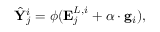
\small \hat { \mathbf { Y } } _ { j } ^ { i } = \phi ( \mathbf { E } _ { j } ^ { L , i } + \alpha \cdot \mathbf { g } _ { i } ) ,